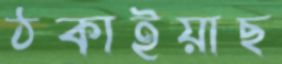
ঠকাইয়াছ